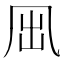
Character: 𠘼